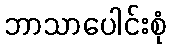
ဘာသာပေါင်းစုံ